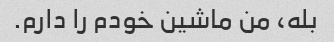
بله، من ماشین خودم را دارم.